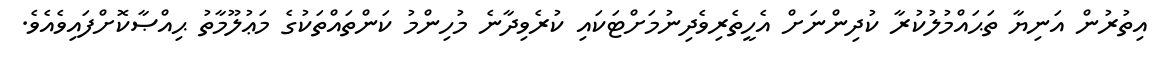
އިތުރުން އަނިޔާ ތަޙައްމުލުކުރާ ކުދިންނަށް އެހީތެރިވެދިނުމަށްޓަކައި ކުރެވިދާނެ މުހިންމު ކަންތައްތަކުގެ މަޢުލޫމާތު ޙިއްޞާކޮށްފައިވެއެވެ.